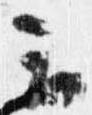
云